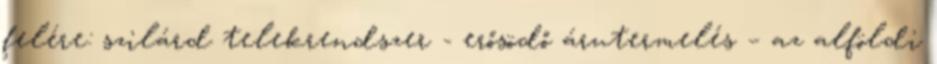
felére: szilárd telekrendszer - erősödő árutermelés – az alföldi